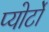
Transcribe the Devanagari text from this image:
प्योर्टो